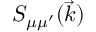
S _ { \mu \mu ^ { \prime } } ( \vec { k } )